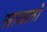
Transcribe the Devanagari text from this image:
सायलो